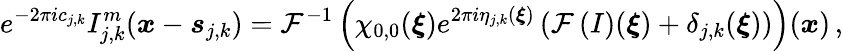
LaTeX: e^{-2\pi ic_{j,k}}I_{j,k}^{m}(\boldsymbol{x}-\boldsymbol{s}_{j,k})=\mathcal{F}^{-1}\left(\chi_{0,0}(\boldsymbol{\xi})e^{2\pi i\eta_{j,k}(\boldsymbol{\xi})}\left(\mathcal{F}\left(I\right)(\boldsymbol{\xi})+\delta_{j,k}(\boldsymbol{\xi})\right)\right)(\boldsymbol{x})\, ,